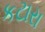
કટારા